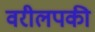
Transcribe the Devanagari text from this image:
वरीलपकी